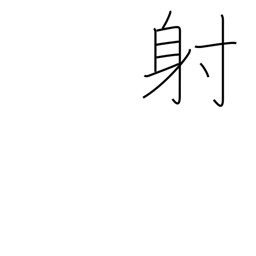
Meaning: shoot